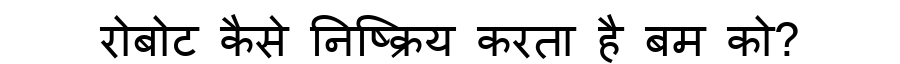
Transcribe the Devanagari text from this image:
रोबोट कैसे निष्क्रिय करता है बम को?